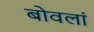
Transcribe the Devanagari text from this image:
बोवलां